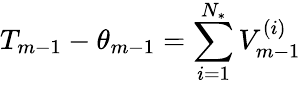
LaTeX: T_{m-1}-\theta_{m-1}=\sum_{i=1}^{{N_{*}}}V_{m-1}^{(i)}